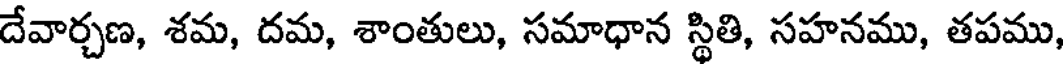
దేవార్చణ, శమ, దమ, శాంతులు, సమాధాన స్థితి, సహనము, తపము,